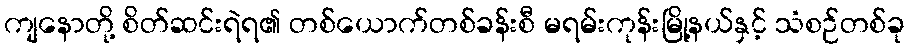
ကျနောတို့ စိတ်ဆင်းရဲရ၏ တစ်ယောက်တစ်ခန်းစီ မရမ်းကုန်းမြို့နယ်နှင့် သံစဉ်တစ်ခု